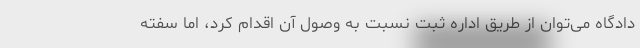
دادگاه می‌توان از طریق اداره ثبت نسبت به وصول آن اقدام کرد، اما سفته